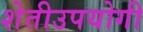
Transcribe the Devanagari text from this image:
शेतीउपयोगी